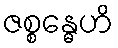
ဇစ္စန္ဓေဟိ